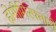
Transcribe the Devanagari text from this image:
होगीगिरफ्तारी